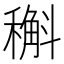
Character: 𥡿